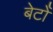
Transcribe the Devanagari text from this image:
बेटोँ